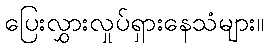
ပြေးလွှားလှုပ်ရှားနေသံများ။